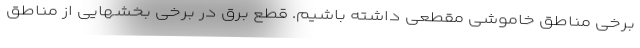
برخی مناطق خاموشی مقطعی داشته باشیم. قطع برق در برخی بخشهایی از مناطق